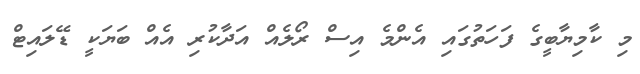
މި ކާމިޔާބީގެ ފަހަތުގައި އެންމެ އިސް ރޯލެއް އަދާކުރި އެއް ބަޔަކީ ޑޭލައިޓް